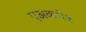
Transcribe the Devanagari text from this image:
एअकमेव